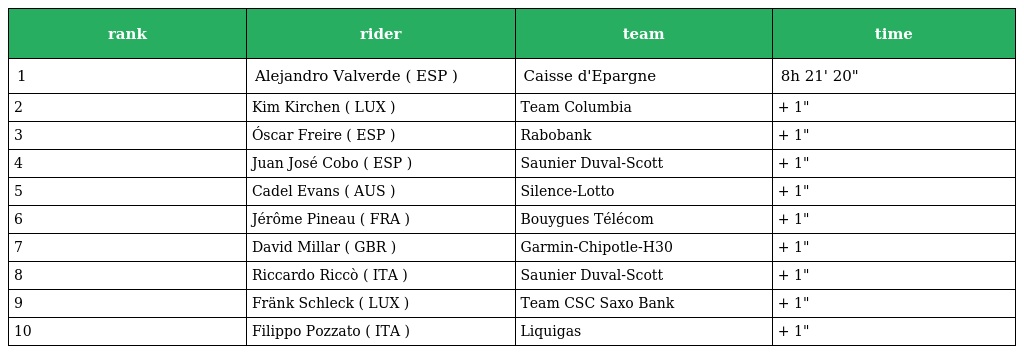
| rank | rider | team | time |
 | --- | --- | --- | --- |
 | 1 | Alejandro Valverde ( ESP ) | Caisse d'Epargne | 8h 21' 20" |
 | 2 | Kim Kirchen ( LUX ) | Team Columbia | + 1" |
 | 3 | Óscar Freire ( ESP ) | Rabobank | + 1" |
 | 4 | Juan José Cobo ( ESP ) | Saunier Duval-Scott | + 1" |
 | 5 | Cadel Evans ( AUS ) | Silence-Lotto | + 1" |
 | 6 | Jérôme Pineau ( FRA ) | Bouygues Télécom | + 1" |
 | 7 | David Millar ( GBR ) | Garmin-Chipotle-H30 | + 1" |
 | 8 | Riccardo Riccò ( ITA ) | Saunier Duval-Scott | + 1" |
 | 9 | Fränk Schleck ( LUX ) | Team CSC Saxo Bank | + 1" |
 | 10 | Filippo Pozzato ( ITA ) | Liquigas | + 1" |